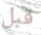
قبل